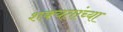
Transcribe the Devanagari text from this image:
शक्यतांच्या